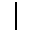
|